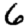
Digit: 6